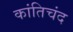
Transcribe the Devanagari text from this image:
कांतिचंद